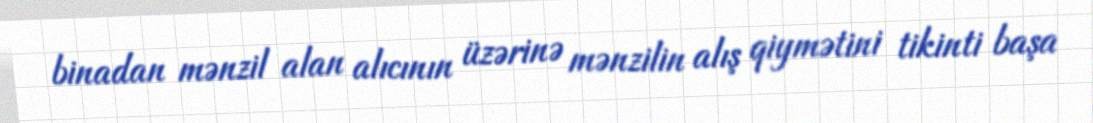
binadan mənzil alan alıcının üzərinə mənzilin alış qiymətini tikinti başa